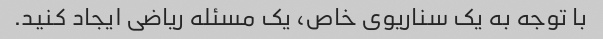
با توجه به یک سناریوی خاص، یک مسئله ریاضی ایجاد کنید.